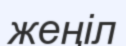
жеңіл